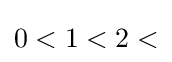
0<1<2<